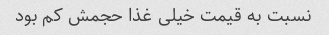
نسبت به قیمت خیلی غذا حجمش کم بود